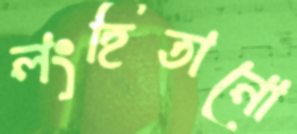
লংহিতানো